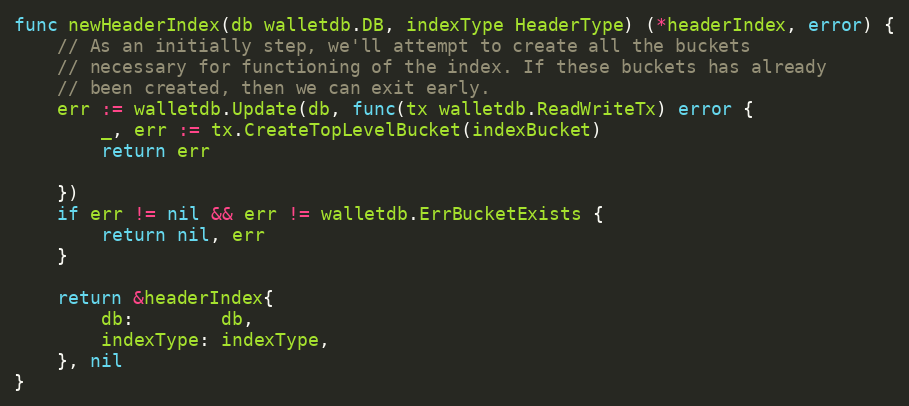
Language: Go
func newHeaderIndex(db walletdb.DB, indexType HeaderType) (*headerIndex, error) {
	// As an initially step, we'll attempt to create all the buckets
	// necessary for functioning of the index. If these buckets has already
	// been created, then we can exit early.
	err := walletdb.Update(db, func(tx walletdb.ReadWriteTx) error {
		_, err := tx.CreateTopLevelBucket(indexBucket)
		return err

	})
	if err != nil && err != walletdb.ErrBucketExists {
		return nil, err
	}

	return &headerIndex{
		db:        db,
		indexType: indexType,
	}, nil
}